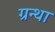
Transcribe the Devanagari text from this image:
ग्रन्था